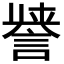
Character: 𮘤